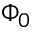
\Phi _ { 0 }